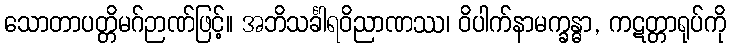
သောတာပတ္တိမဂ်ဉာဏ်ဖြင့်။ အဘိသင်္ခါရဝိညာဏဿ၊ ဝိပါက်နာမက္ခန္ဓာ, ကဋတ္တာရုပ်ကို